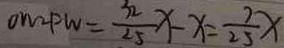
O M P W = \frac { 3 2 } { 2 5 } x - x = \frac { 7 } { 2 5 } x